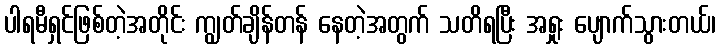
ပါရမီရှင်ဖြစ်တဲ့အတိုင်း ကျွတ်ချိန်တန် နေတဲ့အတွက် သတိရပြီး အရှုး ပျောက်သွားတယ်၊